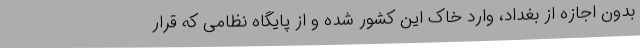
بدون اجازه از بغداد، وارد خاک این کشور شده و از پایگاه نظامی که قرار